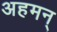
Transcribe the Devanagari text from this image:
अहमन्